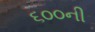
૬૦૦ની